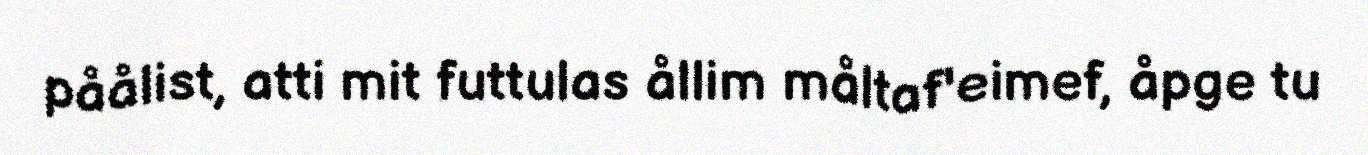
påålist, atti mit futtulas ållim måltaf'eimef, åpge tu